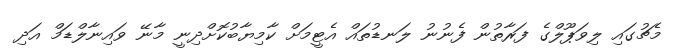
މެޗުގައި ލިވަޕޫލްގެ ފަރާތުން ފެނުނު ލަނޑުތައް އެޓީމަށް ކާމިޔާބުކޮށްދިނީ މާނޭ ވައިނާލްޑަމް އަދި